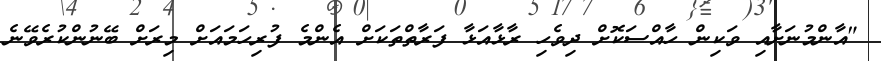
"އާންމުނަށާއި ވަކިން ހާއްސަކޮށް ދިވެހި ރާޅާއަޅާ ފަރާތްތަކަށް އެންމެ ފުރިހަމައަށް މިރަށް ބޭނުންކުރެވޭނެ